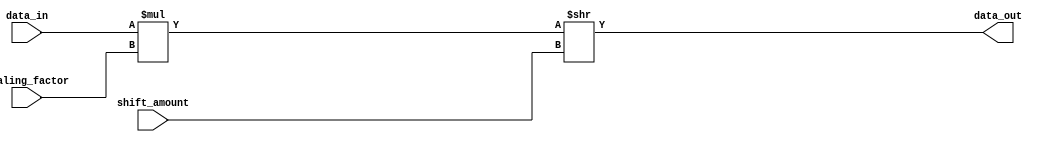
module FixedPointShiftRegister (
    input [7:0] data_in,
    input [3:0] shift_amount,
    input [7:0] scaling_factor,
    output reg [7:0] data_out
);

wire [7:0] shifted_data;

// Arithmetic block to shift data by shift_amount
// data_in is first scaled by scaling_factor, then shifted by shift_amount
assign shifted_data = (data_in * scaling_factor) >> shift_amount;

always @(*) begin
    data_out = shifted_data;
end

endmodule